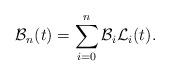
LaTeX: \begin{align*}\mathcal{B}_{n}(t) = \sum_{i=0}^{n}\mathcal{B}_{i}\mathcal{L}_{i}(t).\end{align*}